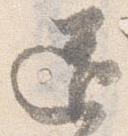
道